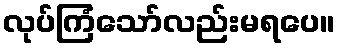
လုပ်ကြံသော်လည်းမရပေ။